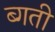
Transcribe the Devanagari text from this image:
ब्गती